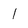
Character: l